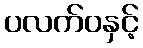
ပလက်ဝနှင့်